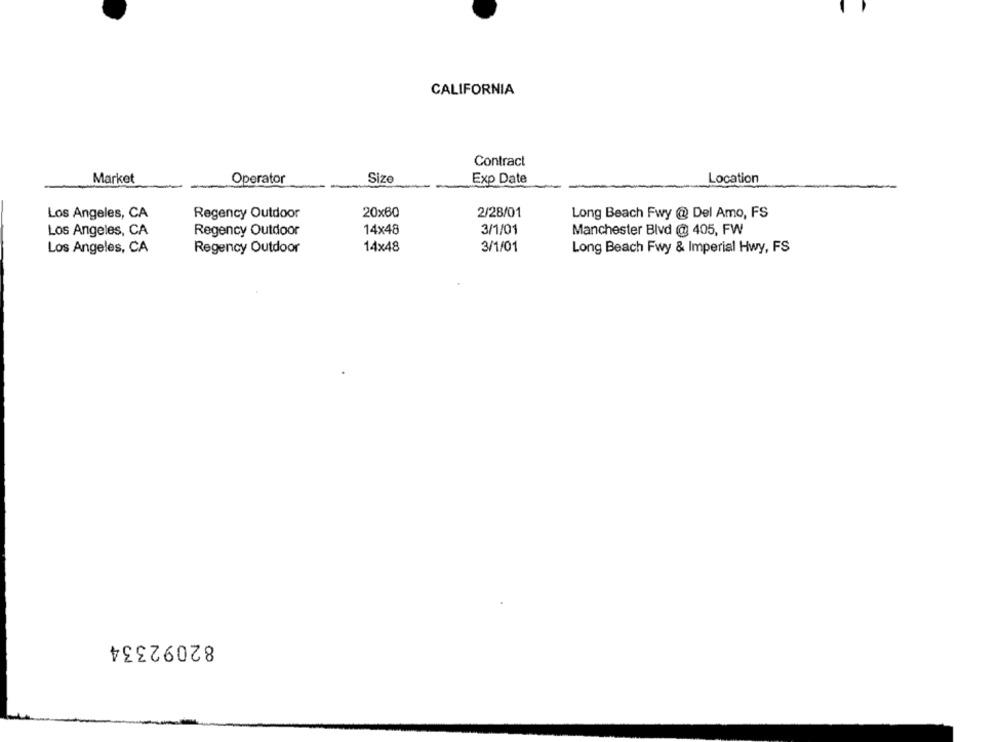
CALIFORNIA
Contract
Size
Location
Market
Operator
Exp Date
Los Angeles, CA
Regency Outdoor
20×60
2/28/01
Long Beach Fwy @ Del Amo, FS
14×48
3/1/01
Manchester Blvd @ 405, FW
Los Angeles, CA
Regency Outdoor
Los Angeles, CA
Regency Outdoor
14×48
3/1/01
Long Beach Fwy & Imperial Hwy, FS
82092334